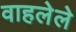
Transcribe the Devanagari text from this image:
वाहलेले